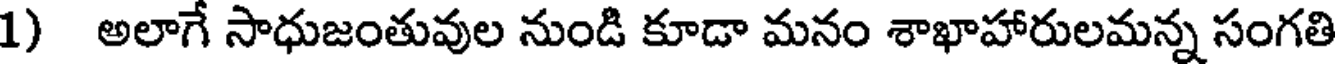
1) అలాగే సాధుజంతువుల నుండి కూడా మనం శాఖాహారులమన్న సంగతి